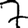
Digit: 7